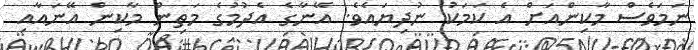
ނަމަވެސް މާކިންއަށް އެ ކަމަކު ނުދިޔައެވެ. އޭނާގެ އެދުމުގެ މަތިން މާކިން އޭނައާއި